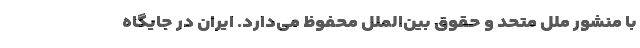
با منشور ملل متحد و حقوق بین‌الملل محفوظ می‌دارد. ایران در جایگاه